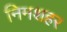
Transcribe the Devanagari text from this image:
निमशहर